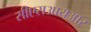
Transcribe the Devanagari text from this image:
सीएसआयआर